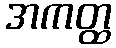
အကတ္ထ